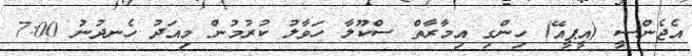
އެޖެންސީ (އީޕީއޭ) ހިންގި އިމާރާތް ސްކޫލާ ހަވާލު ކުރުމުން މިއަދު ހެނދުނު 7:00